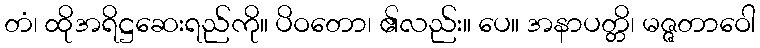
တံ၊ ထိုအရိဋ္ဌဆေးရည်ကို။ ပိဝတော၊ ၏လည်း။ ပေ။ အနာပတ္တိ၊ မဇ္ဇတာဝေါ